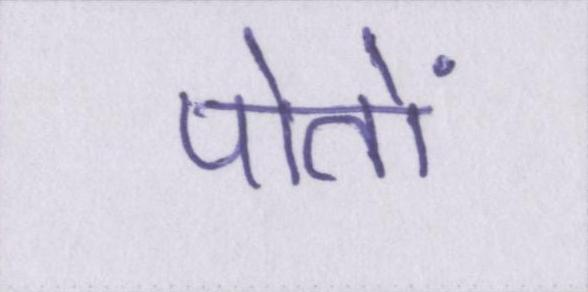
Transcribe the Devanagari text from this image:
पोतों